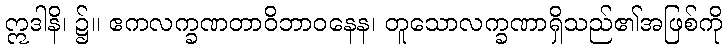
ဣဒါနိ၊ ၌။ ဧကလက္ခဏတာဝိဘာဝနေန၊ တူသောလက္ခဏာရှိသည်၏အဖြစ်ကို